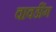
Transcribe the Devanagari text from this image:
वावडींग